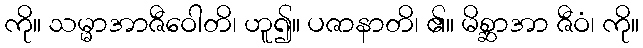
ကို။ သမ္မာအာဇီဝေါတိ၊ ဟူ၍။ ပဇာနာတိ၊ ၏။ မိစ္ဆာအာ ဇီဝံ၊ ကို။